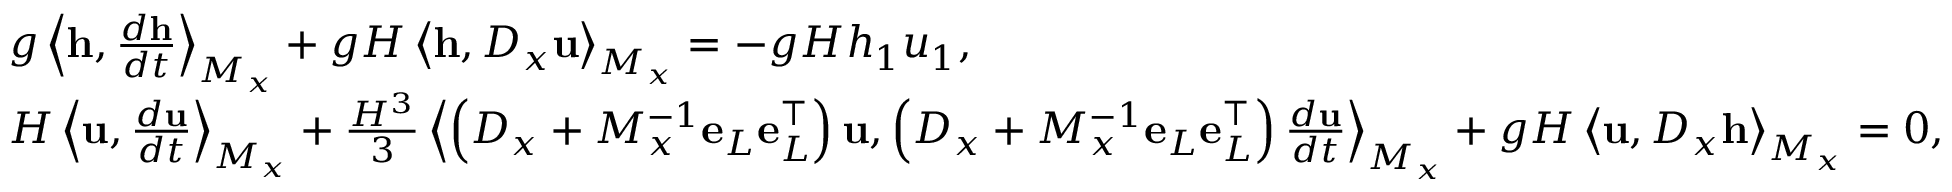
\begin{array} { r l } & { g \left\langle \mathbf { h } , \frac { d \mathbf { h } } { d t } \right\rangle _ { M _ { x } } + g H \left\langle \mathbf { h } , D _ { x } \mathbf { u } \right\rangle _ { M _ { x } } = - g H h _ { 1 } u _ { 1 } , } \\ & { H \left\langle \mathbf { u } , \frac { d \mathbf { u } } { d t } \right\rangle _ { M _ { x } } + \frac { H ^ { 3 } } { 3 } \left\langle \left( D _ { x } + M _ { x } ^ { - 1 } \mathbf { e } _ { L } \mathbf { e } _ { L } ^ { \top } \right) \mathbf { u } , \left( D _ { x } + M _ { x } ^ { - 1 } \mathbf { e } _ { L } \mathbf { e } _ { L } ^ { \top } \right) \frac { d \mathbf { u } } { d t } \right\rangle _ { M _ { x } } + g H \left\langle \mathbf { u } , D _ { x } \mathbf { h } \right\rangle _ { M _ { x } } = 0 , } \end{array}